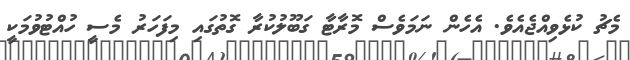
މެޗު ކުޅެވިއްޖެއެވެ. އެހެން ނަމަވެސް މޮރާޓާ ގަބޫލުކުރާ ގޮތުގައި މިފަހަރު މެސީ ހުއްޓުވުމަކީ